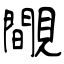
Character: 覸